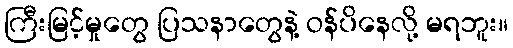
ကြီးမြင့်မှုတွေ ပြသနာတွေနဲ့ ဝန်ပိနေလို့ မရဘူး။